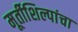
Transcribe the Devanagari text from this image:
मूर्तीशिल्पांचा